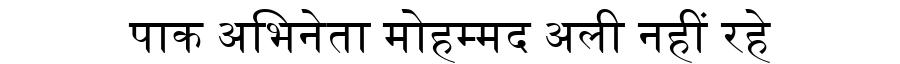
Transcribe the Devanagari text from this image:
पाक अभिनेता मोहम्मद अली नहीं रहे